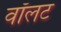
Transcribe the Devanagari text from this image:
वॉलट